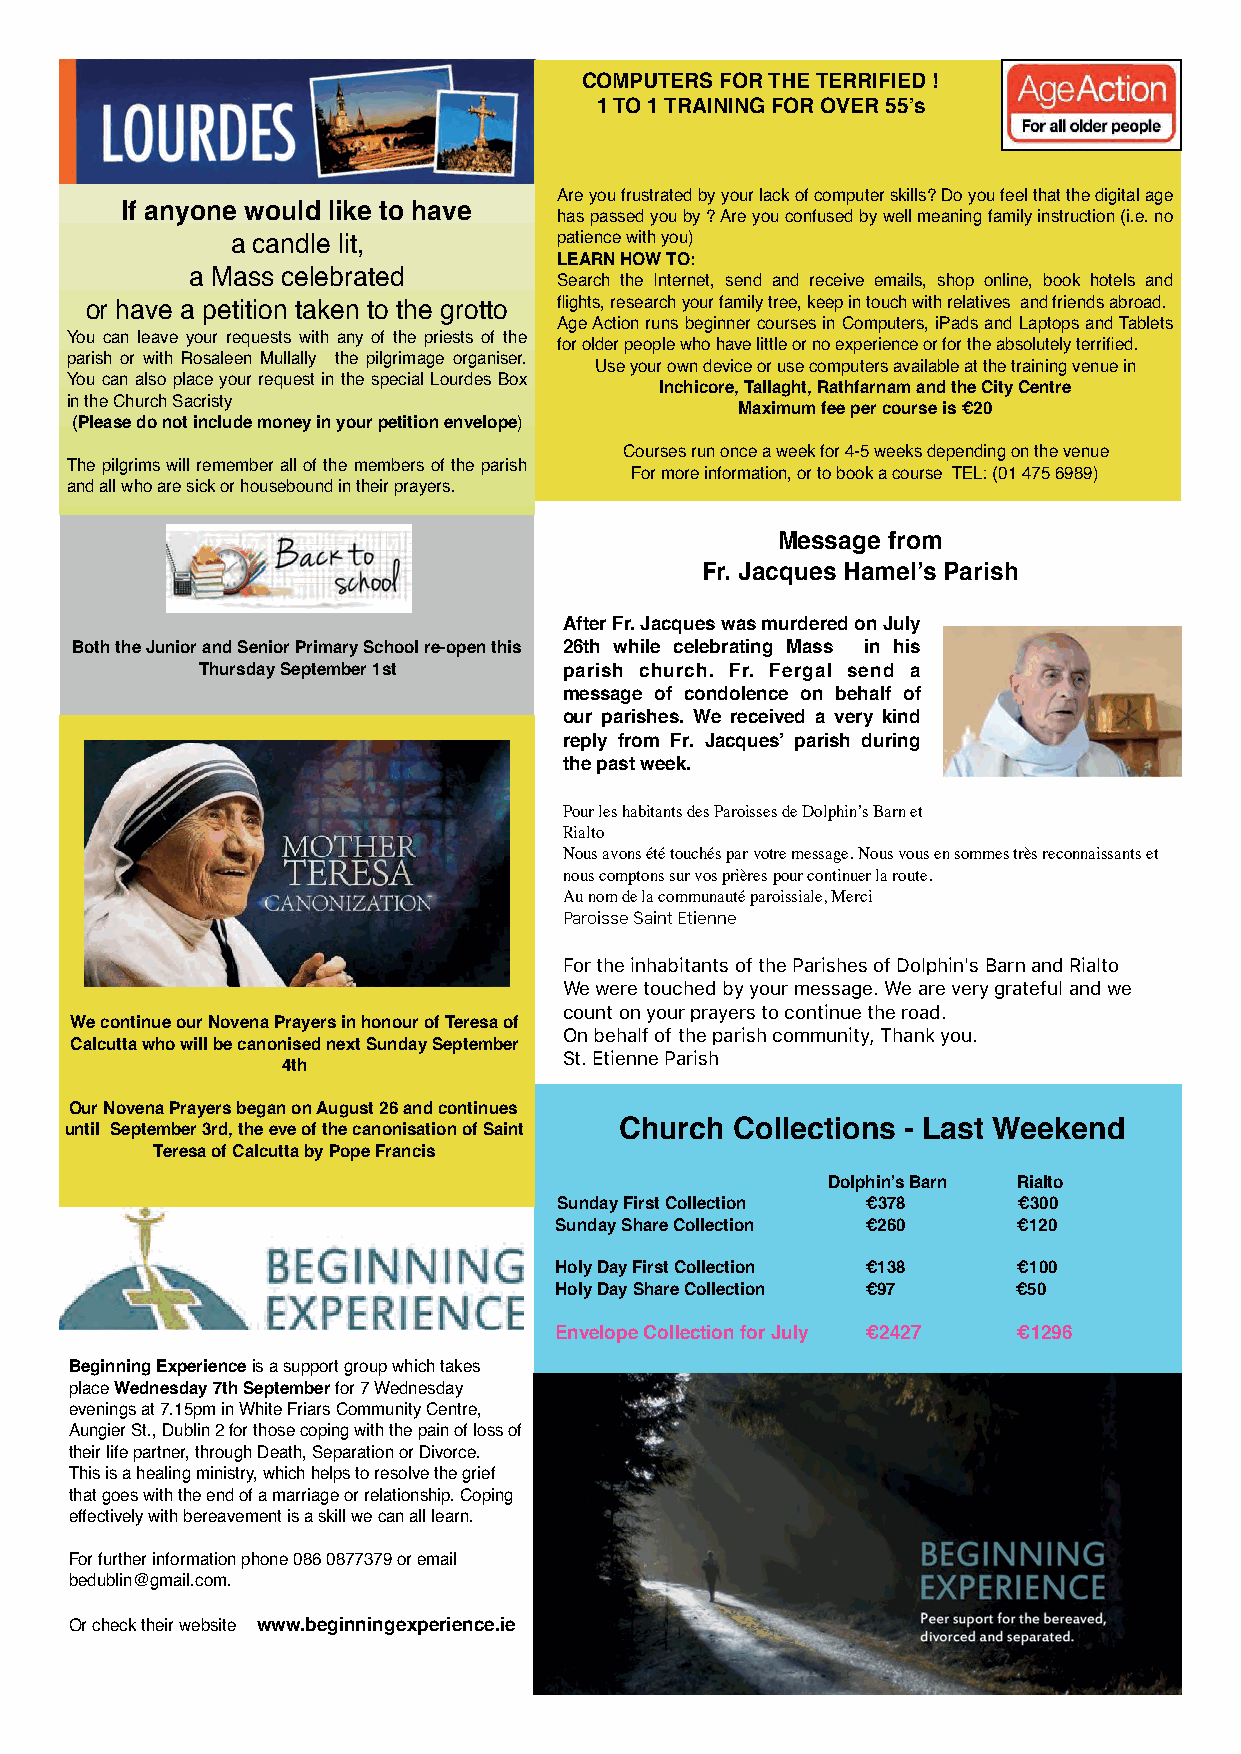
COMPUTERS FOR THE TERRIFIED !
 1 TO 1 TRAINING FOR OVER 55’s
 Are you frustrated by your lack of computer skills? Do you feel that the digital age
 If anyone would like to have
 has passed you by ? Are you confused by well meaning family instruction (i.e. no
 a candle lit,         patience with you)
 LEARN HOW TO:
 a Mass celebrated       Search the Internet, send and receive emails, shop online, book hotels and
 flights, research your family tree, keep in touch with relatives and friends abroad.
 or have a petition taken to the grotto
 Age Action runs beginner courses in Computers, iPads and Laptops and Tablets
 You can leave your requests with any of the priests of the
 for older people who have little or no experience or for the absolutely terrified.
 parish or with Rosaleen Mullally the pilgrimage organiser.
 Use your own device or use computers available at the training venue in
 You can also place your request in the special Lourdes Box
 Inchicore, Tallaght, Rathfarnam and the City Centre
 in the Church Sacristy
 Maximum fee per course is €20
 (Please do not include money in your petition envelope)
 Courses run once a week for 4-5 weeks depending on the venue
 The pilgrims will remember all of the members of the parish
 For more information, or to book a course TEL: (01 475 6989)
 and all who are sick or housebound in their prayers.
 Message from
 Fr. Jacques Hamel’s Parish
 After Fr. Jacques was murdered on July
 Both the Junior and Senior Primary School re-open this 26th while celebrating Mass in his
 Thursday September 1st  parish church. Fr. Fergal send a
 message of condolence on behalf of
 our parishes. We received a very kind
 reply from Fr. Jacques’ parish during
 the past week.
 Pour les habitants des Paroisses de Dolphin’s Barn et
 Rialto
 Nous avons été touchés par votre message. Nous vous en sommes très reconnaissants et
 nous comptons sur vos prières pour continuer la route.
 Au nom de la communauté paroissiale, Merci
 Paroisse Saint Etienne
 For the inhabitants of the Parishes of Dolphin's Barn and Rialto
 We were touched by your message. We are very grateful and we
 count on your prayers to continue the road.
 We continue our Novena Prayers in honour of Teresa of
 On behalf of the parish community, Thank you.
 Calcutta who will be canonised next Sunday September
 St. Etienne Parish
 4th
 Our Novena Prayers began on August 26 and continues
 until September 3rd, the eve of the canonisation of Saint Church Collections - Last Weekend
 Teresa of Calcutta by Pope Francis
 Dolphin’s Barn Rialto
 Sunday First Collection €378  €300
 Sunday Share Collection €260  €120
 Holy Day First Collection €138 €100
 Holy Day Share Collection €97 €50
 Envelope Collection for July €2427 €1296
 Beginning Experience is a support group which takes
 place Wednesday 7th September for 7 Wednesday
 evenings at 7.15pm in White Friars Community Centre,
 Aungier St., Dublin 2 for those coping with the pain of loss of
 their life partner, through Death, Separation or Divorce.
 This is a healing ministry, which helps to resolve the grief
 that goes with the end of a marriage or relationship. Coping
 effectively with bereavement is a skill we can all learn.
 For further information phone 086 0877379 or email
 bedublin@gmail.com.
 Or check their website www.beginningexperience.ie